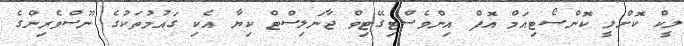
ލީކް ކޮށްލީ ކޮންސޯޓިއަމް އޮފް އިންވެސްޓިގޭޓިވް ޖާނަލިސްޓް ކިޔާ އެކި ގައުމުތަކުގެ ނޫސްވެރިންގެ